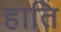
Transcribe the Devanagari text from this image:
हाति